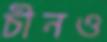
চীনও